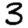
Digit: 3